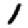
Digit: 1